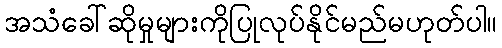
အသံခေါ်ဆိုမှုများကိုပြုလုပ်နိုင်မည်မဟုတ်ပါ။